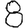
Digit: 8